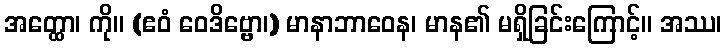
အတ္ထော၊ ကို။ (ဧဝံ ဝေဒိဗ္ဗော၊) မာနာဘာဝေန၊ မာန၏ မရှိခြင်းကြောင့်။ အဿ၊